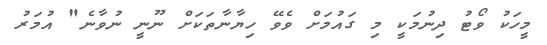
މީހަކު ވޯޓު ދިނުމަކީ މި ގައުމަށް ވެވޭ ހިޔާނާތަކަށް ނޫނީ ނުވާނެ" އުމަރު